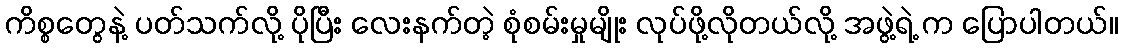
ကိစ္စတွေနဲ့ ပတ်သက်လို့ ပိုပြီး လေးနက်တဲ့ စုံစမ်းမှုမျိုး လုပ်ဖို့လိုတယ်လို့ အဖွဲ့ရဲ့ က ပြောပါတယ်။